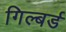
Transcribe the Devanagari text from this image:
गिल्बर्ड